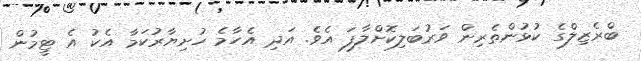
ބްރެޒިލްގެ ކުޅުންތެރިން ވަރުބަލިކޮށްލާފަ އެވެ. އަދި އެހާމެ ހުށިޔާރުކަމާ އެކު އެ ޓީމުން